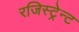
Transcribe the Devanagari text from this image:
रजिस्ट्रेन्ट